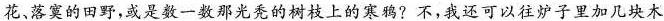
花，落寞的田野，或是数一数那光秃的树枝上的寒鸦?不，我还可以往炉子里加几块木